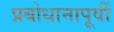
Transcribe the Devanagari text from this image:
प्रबोधानापूर्वी